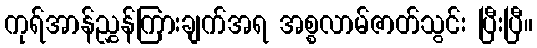
ကုရ်အာန်ညွှန်ကြားချက်အရ အစ္စလာမ်ဇာတ်သွင်း ပြီးပြီ။